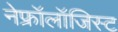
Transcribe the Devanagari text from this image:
नेफ्रॉलॉजिस्ट